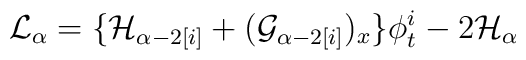
{\cal L}_\alpha = \{ {\cal H}_{\alpha-2 [i]} + ({\cal G}_{\alpha-2  [i]} )_x \} \phi^i_t - 2 {\cal H}_{\alpha}